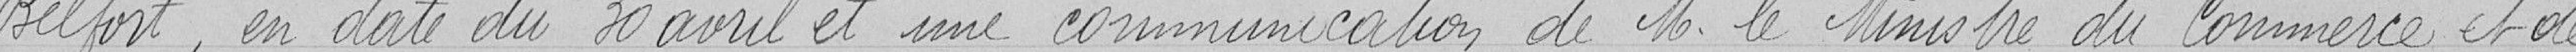
Belfort, en date du 30 avril et une communication de Monsieur le Ministre du Commerce et de